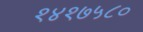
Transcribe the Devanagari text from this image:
१४१७५८०